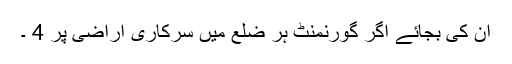
ان کی بجائے اگر گورنمنٹ ہر ضلع میں سرکاری اراضی پر 4 ۔